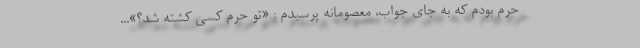
حرم بودم که به جای جواب، معصومانه پرسیدم : «تو حرم کسی کشته شد؟»...